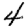
Digit: 4